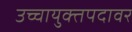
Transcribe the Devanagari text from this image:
उच्चायुक्तपदावर